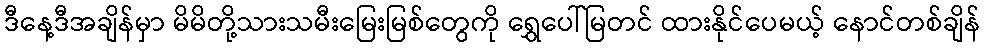
ဒီနေ့ဒီအချိန်မှာ မိမိတို့သားသမီးမြေးမြစ်တွေကို ရွှေပေါ်မြတင် ထားနိုင်ပေမယ့် နောင်တစ်ချိန်